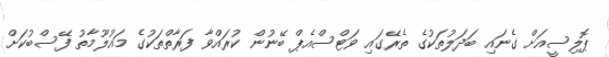
ޕޮލިސީއަށް ގެނައި ބަދަލުތަކުގެ ތެރޭގައި ވަޓްސްއެޕް ބޭނުން ކުރައްވާ ފަރާތްތަކުގެ މައުލޫމާތު ފޭސްބުކަށް